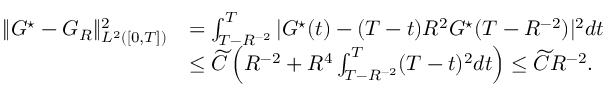
\begin{array} { r l } { \| G ^ { \star } - { G } _ { R } \| _ { L ^ { 2 } ( [ 0 , T ] ) } ^ { 2 } } & { = \int _ { T - R ^ { - 2 } } ^ { T } | G ^ { \star } ( t ) - ( T - t ) R ^ { 2 } G ^ { \star } ( T - R ^ { - 2 } ) | ^ { 2 } d t } \\ & { \le \widetilde C \left( R ^ { - 2 } + R ^ { 4 } \int _ { T - R ^ { - 2 } } ^ { T } ( T - t ) ^ { 2 } d t \right) \le \widetilde C R ^ { - 2 } . } \end{array}